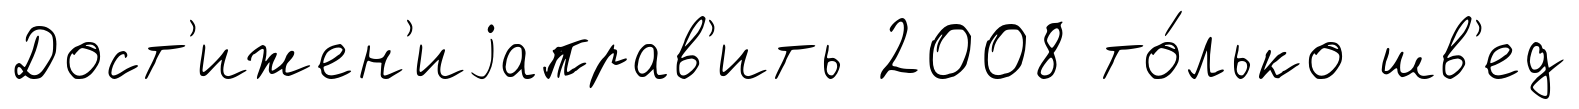
Дост'ижен'иjаправ'ить 2008 то́лько шв'ед